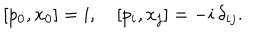
[ p _ { 0 } , x _ { 0 } ] = i , \quad [ p _ { i } , x _ { j } ] = - i \, \delta _ { i j } .